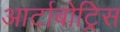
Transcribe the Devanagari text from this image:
आर्टाबोट्रिस